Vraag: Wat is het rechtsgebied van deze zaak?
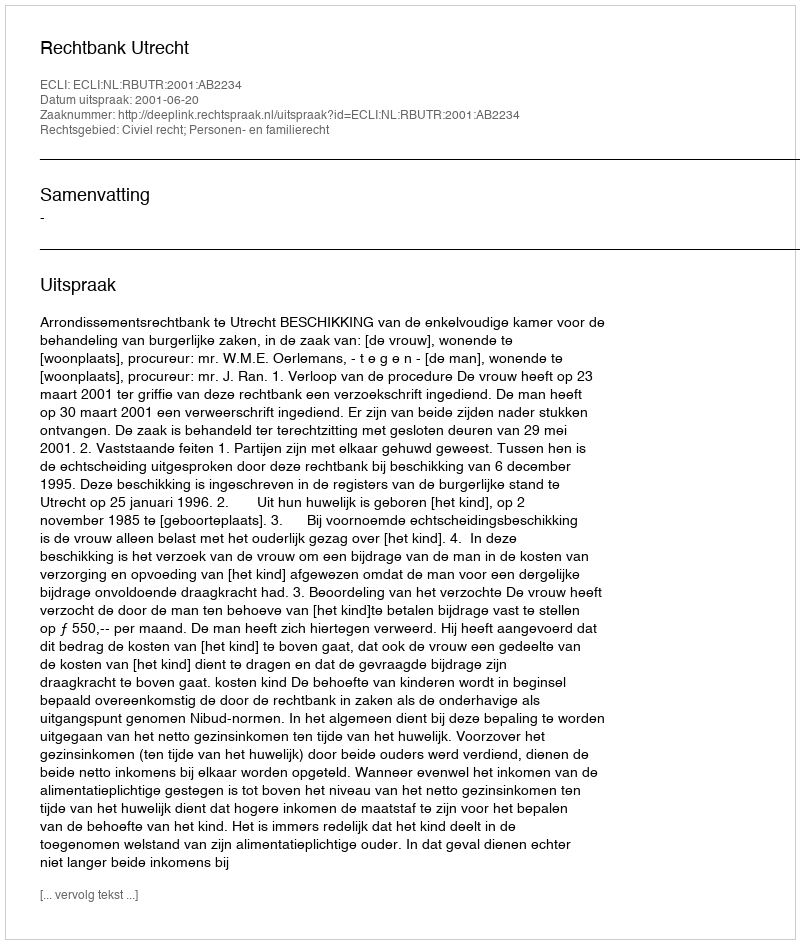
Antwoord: Civiel recht; Personen- en familierecht